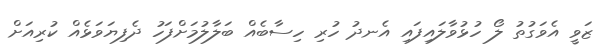
ޒަވީ އެވަގުތު ލޯ ހުޅުވާލައިފައި އެނދު ހުރި ހިސާބެއް ބަލާލުމަށްފަހު ދެފިޔަވަޅެއް ކުރިއަށް